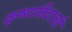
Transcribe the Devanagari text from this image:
कृष्णविवराची